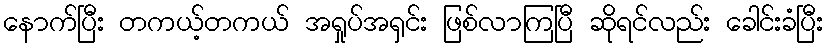
နောက်ပြီး တကယ့်တကယ် အရှုပ်အရှင်း ဖြစ်လာကြပြီ ဆိုရင်လည်း ခေါင်းခံပြီး